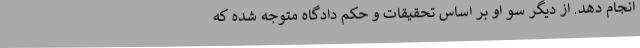
انجام دهد. از دیگر سو او بر اساس تحقیقات و حکم دادگاه متوجه شده که